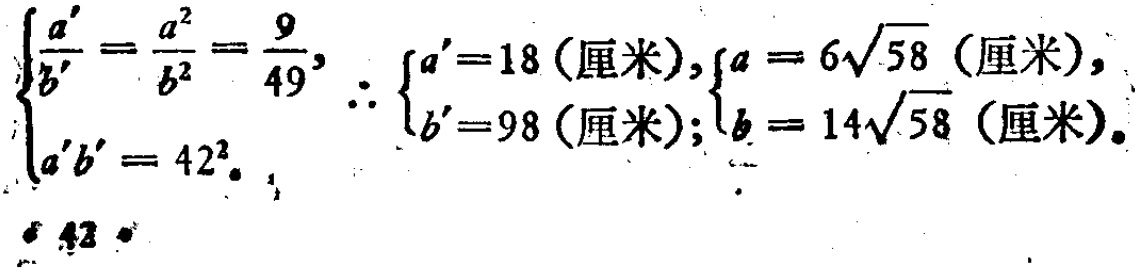
\[\left\{\begin{array}{l}

\frac{a^{\prime}}{b^{\prime}}=\frac{a^{2}}{b^{2}}=\frac{9}{49}, \\

a^{\prime} b^{\prime}=42^{2} .

\end{array}\right. \therefore \left\{\begin{array}{l}

a^{\prime}=18 \text { (厘米), } \\

b^{\prime}=98 \text { (厘米); }

\end{array}\right.\left\{\begin{array}{l}

a = 6\sqrt{58} \text { (厘米), } \\

b = 14\sqrt{58} \text { (厘米). }

\end{array}\right.\]